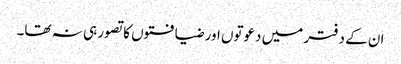
ان کے دفتر میں دعوتوں اور ضیافتوں کا تصور ہی نہ تھا۔